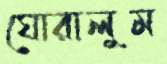
ঘোরালুম